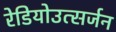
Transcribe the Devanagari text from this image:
रेडियोउत्सर्जन